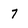
Character: 7